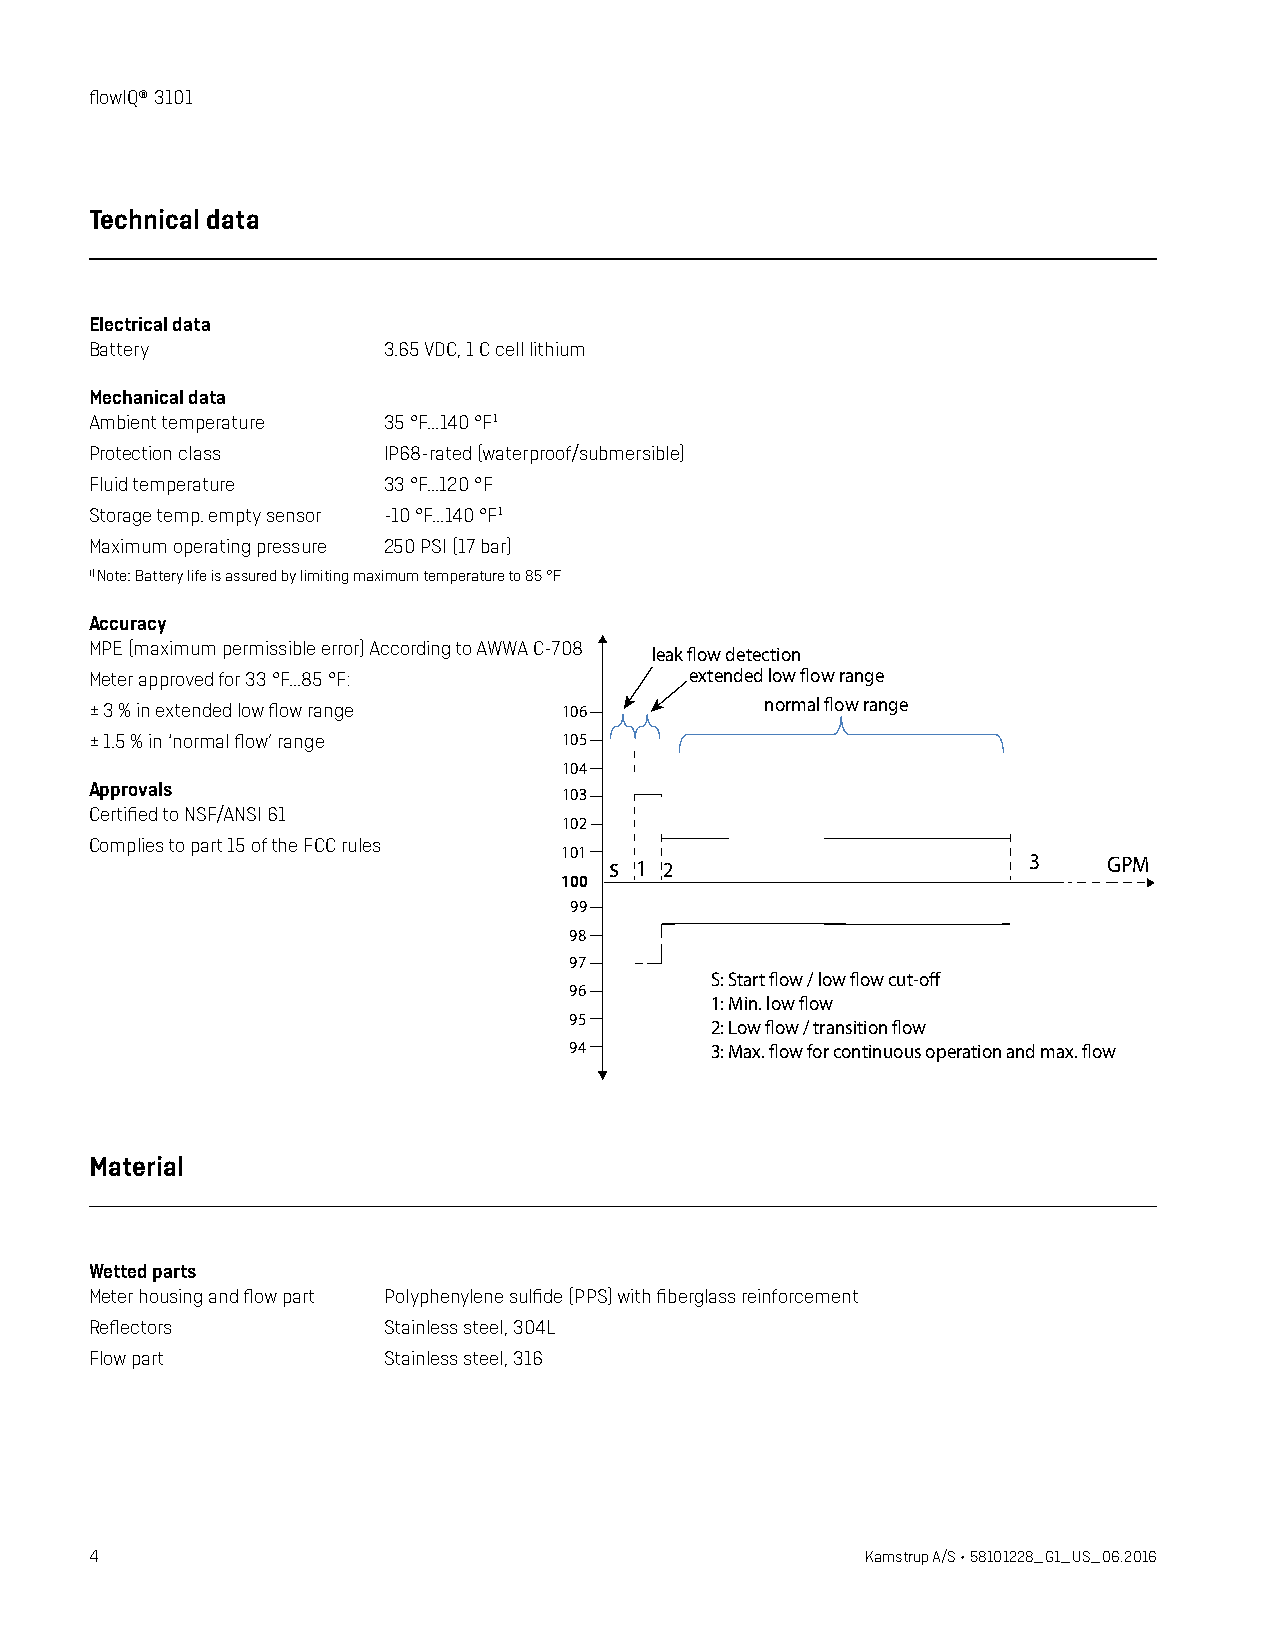
flowIQ® 3101
 Technical data
 Electrical data
 Battery            3.65 VDC, 1 C cell lithium
 Mechanical data
 Ambient temperature 35 °F...140 °F1
 Protection class   IP68-rated (waterproof/submersible)
 Fluid temperature  33 °F...120 °F
 Storage temp. empty sensor -10 °F...140 °F1
 Maximum operating pressure 250 PSI (17 bar)
 1) Note: Battery life is assured by limiting maximum temperature to 85 °F
 Accuracy
 MPE (maximum permissible error) According to AWWA C-708
 leak flow detection
 Meter approved for 33 °F...85 °F:       extended low flow range
 ± 3 % in extended low flow range 106         normal flow range
 ± 1.5 % in ‘normal flow’ range 105
 104
 Approvals
 103
 Certified to NSF/ANSI 61
 102
 Complies to part 15 of the FCC rules
 101
 s 1 2                       3    GPM
 100
 99
 98
 97
 S: Start flow / low flow cut-off
 96
 1: Min. low flow
 95
 2: Low flow / transition flow
 94       3: Max. flow for continuous operation and max. flow
 Material
 Wetted parts
 Meter housing and flow part Polyphenylene sulfide (PPS) with fiberglass reinforcement
 Reflectors         Stainless steel, 304L
 Flow part          Stainless steel, 316
 4                                                  Kamstrup A/S • 58101228_G1_US_06.2016